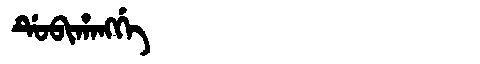
Manchu: ᡩᡠᠪᡳᡥᠠᠩᡤᡝ
Romanization: DUBIHANGGE